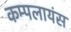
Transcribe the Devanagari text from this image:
कम्पलायंस